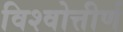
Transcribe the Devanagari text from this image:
विश्वोत्तीर्ण